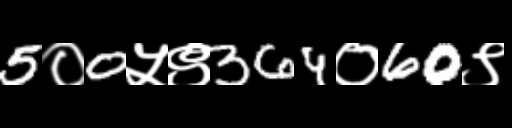
Text: 5०0५९364०60९